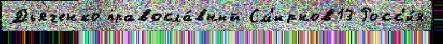
Дьяченко правосла́вный См'ирнов13 Росс'и́я